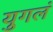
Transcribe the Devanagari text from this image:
युगलं